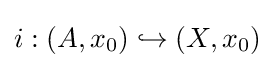
i:(A,x_{0})\hookrightarrow (X,x_{0})